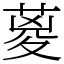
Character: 葼